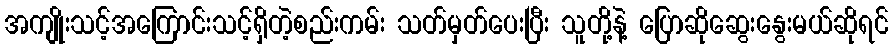
အကျိုးသင့်အကြောင်းသင့်ရှိတဲ့စည်းကမ်း သတ်မှတ်ပေးပြီး သူတို့နဲ့ ပြောဆိုဆွေးနွေးမယ်ဆိုရင်